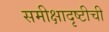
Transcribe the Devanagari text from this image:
समीक्षादृष्टीची